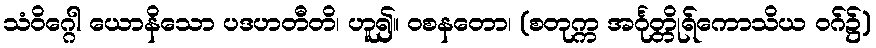
သံဝိဂ္ဂေါ ယောနိသော ပဒဟတီတိ၊ ဟူ၍။ ဝစနတော၊ (စတုက္က အင်္ဂုတ္တိုရ်ကောသိယ ဝဂ်၌)